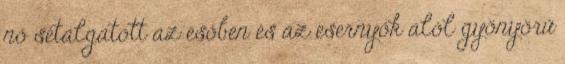
nő sétálgatott az esőben és az esernyők alól gyönyörű